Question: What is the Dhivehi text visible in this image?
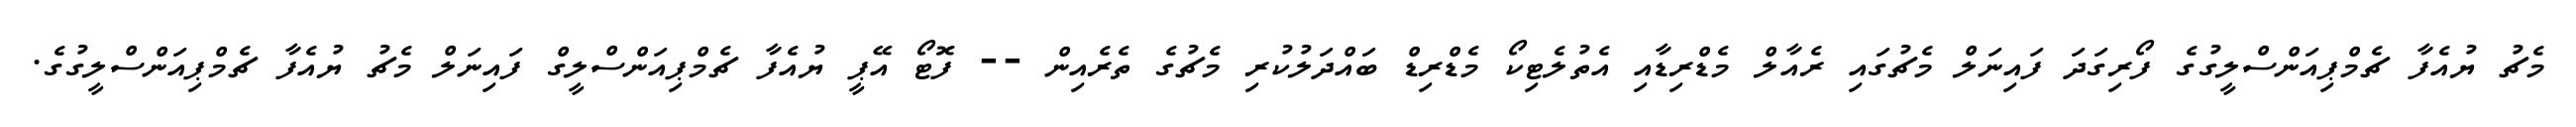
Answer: މެޗު ޔުއެފާ ޗެމްޕިއަންސްލީގުގެ ފޯރިގަދަ ފައިނަލް މެޗުގައި ރެއާލް މެޑްރިޑާއި އެތުލެޓިކޯ މެޑްރިޑް ބައްދަލުކުރި މެޗުގެ ތެރެއިން -- ފޮޓޯ އޭޕީ ޔުއެފާ ޗެމްޕިއަންސްލީގް ފައިނަލް މެޗު ޔުއެފާ ޗެމްޕިއަންސްލީގުގެ.